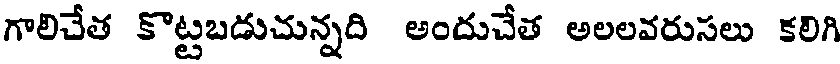
గాలిచేత కొట్టబడుచున్నది అందుచేత అలలవరుసలు కలిగి